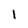
Character: 1